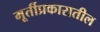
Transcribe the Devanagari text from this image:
मूर्तीप्रकारातील